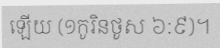
ឡើយ (១កូរិនថូស ៦:៩)។